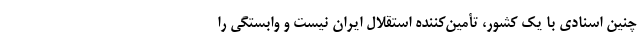
چنین اسنادی با یک کشور، تأمین‌کننده استقلال ایران نیست و وابستگی را